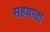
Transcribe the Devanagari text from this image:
सहयाता